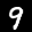
Label: 9